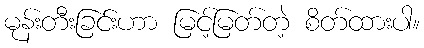
မုန်းတီးခြင်းဟာ မြင့်မြတ်တဲ့ စိတ်ထားပါ။